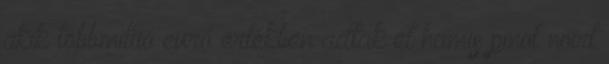
akik többmillió euró értékben adtak el hamis pinot noirt